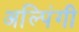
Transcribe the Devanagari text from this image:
अल्पिंगी